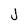
Character: j